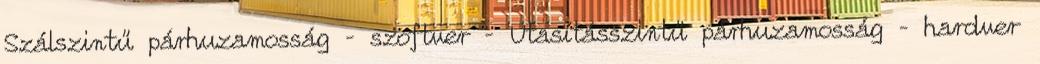
Szálszintű párhuzamosság – szoftver – Utasításszintű párhuzamosság – hardver